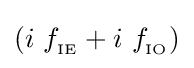
(i\ f_{_{\text{IE}}}+i\ f_{_{\text{IO}}})